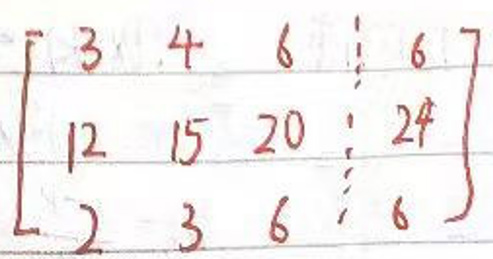
\begin{bmatrix}
3 & 4 & 6 & 6\\
12 & 15 & 20 & 24\\
2 & 3 & 6 & 6
\end{bmatrix}